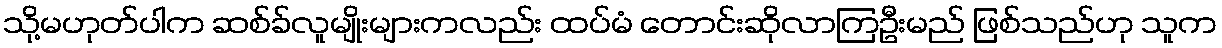
သို့မဟုတ်ပါက ဆစ်ခ်လူမျိုးများကလည်း ထပ်မံ တောင်းဆိုလာကြဦးမည် ဖြစ်သည်ဟု သူက